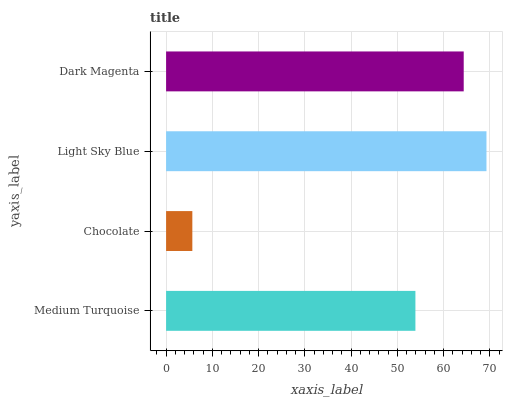
| yaxis_label | bars |
 | --- | --- |
 | Medium Turquoise | 53.9 |
 | Chocolate | 5.67 |
 | Light Sky Blue | 69.3 |
 | Dark Magenta | 64.3 |